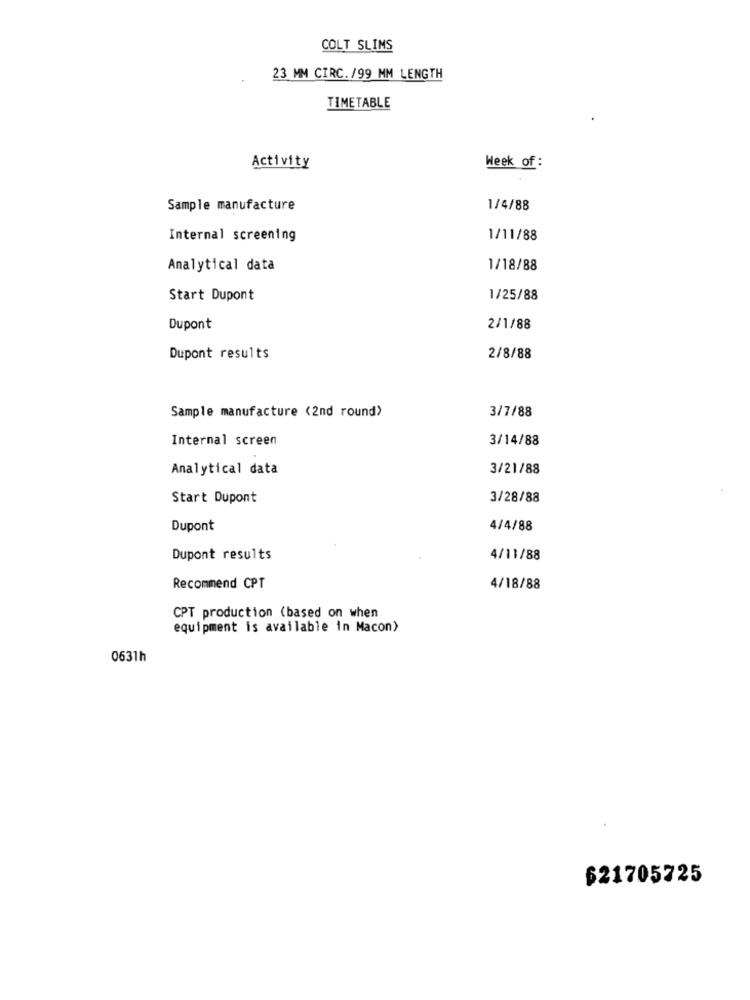
COLT SLIMS
23 MM CIRC./99 MM LENGTH
TIMETABLE
Activity
Week of :
Sample manufacture
1/4/88
Internal screening
1/11/88
Analytical data
1/18/88
Start Dupont
1/25/88
Dupont
2/1/88
Dupont results
2/8/88
Sample manufacture (2nd round>
3/7/88
Internal screen
3/14/88
Analytical data
3/21/88
Start Dupont
3/28/88
Dupont
4/4/88
Dupont results
4/11/88
Recommend CPT
4/18/88
CPT production (based on when
equipment is available in Macon)
0631h
$21705725